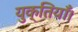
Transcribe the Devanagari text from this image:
युक्तियाँ।